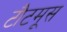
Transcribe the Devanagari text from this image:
टौटमूस